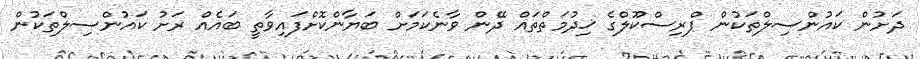
ދަށުން ކައުންސިލްތަކުން ޕްރިސްކޫލްގެ ޚިދުމަތްތައް ދޭން ވާނެކަމަށް ބަޔާންކޮށްފައިވާތީ ބައެއް ރަށު ކައުންސިލްތަކުން